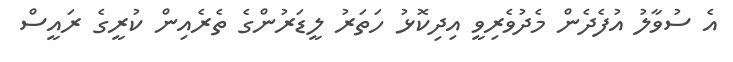
އެ ސުވާލު އުފެދެން މެދުވެރިވީ އިދިކޮޅު ހަތަރު ލީޑަރުންގެ ތެރެއިން ކުރީގެ ރައީސް